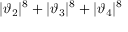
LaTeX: | \vartheta _ { 2 } | ^ { 8 } + | \vartheta _ { 3 } | ^ { 8 } + | \vartheta _ { 4 } | ^ { 8 }